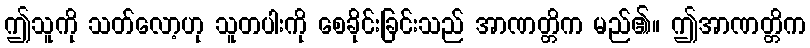
ဤသူကို သတ်လော့ဟု သူတပါးကို စေခိုင်းခြင်းသည် အာဏတ္တိက မည်၏။ ဤအာဏတ္တိက